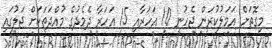
މިގޮތަށް އަމަލުކުރަން ޖެހުނީ 10 އަހަރާއި 15 އަހަރާ ދެމެދުގެ މުއްދަތަކަށް ޖަލުގައި